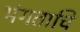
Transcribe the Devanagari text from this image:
भंगताचि